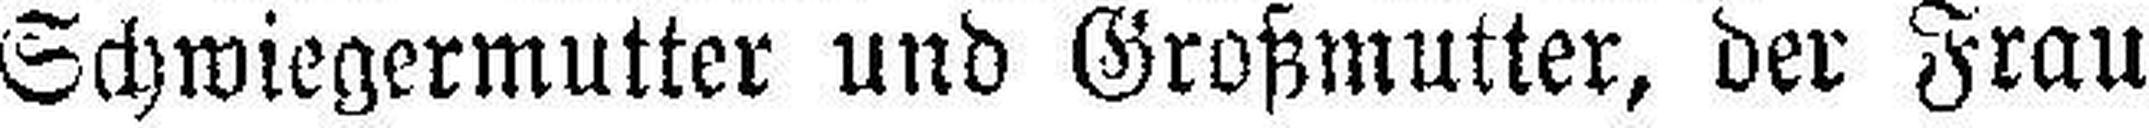
Schwiegermutter und Großmutter, der Frau